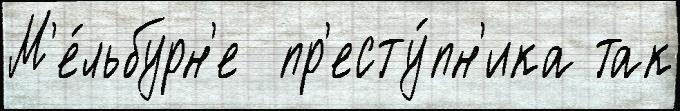
М'е́льбурн'е  пр'есту́пн'ика так